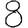
Digit: 8